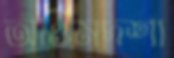
অন্তিমদশা